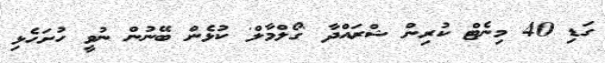
ގަޑި 40 މިނެޓް ކުރިން ޝްރައްދާ 'ގޯލްމާލް' ކުޅެން ބޭނުން ނުވީ ހުށަހެޅި